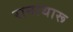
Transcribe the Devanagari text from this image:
रानाथारू